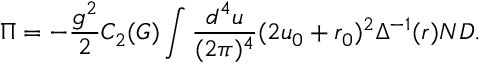
\Pi = - \frac { g ^ { 2 } } { 2 } C _ { 2 } ( G ) \int \frac { d ^ { 4 } u } { ( 2 \pi ) ^ { 4 } } ( 2 u _ { 0 } + r _ { 0 } ) ^ { 2 } \Delta ^ { - 1 } ( r ) N D .